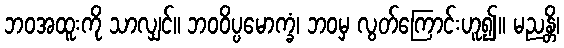
ဘဝအထူးကို သာလျှင်။ ဘဝဝိပ္ပမောက္ခံ၊ ဘဝမှ လွတ်ကြောင်းဟူ၍။ မညန္တိ၊